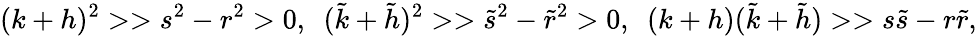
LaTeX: (k+h)^{2}>>s^{2}-r^{2}>0,\ \ (\tilde{k}+\tilde{h})^{2}>>\tilde{s}^{2}-\tilde{r}^{2}>0,\ \ (k+h)(\tilde{k}+\tilde{h})>>s\tilde{s}-r\tilde{r},